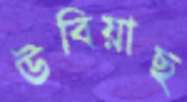
উবিয়াছ